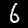
Label: 6